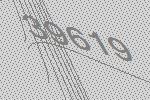
39619